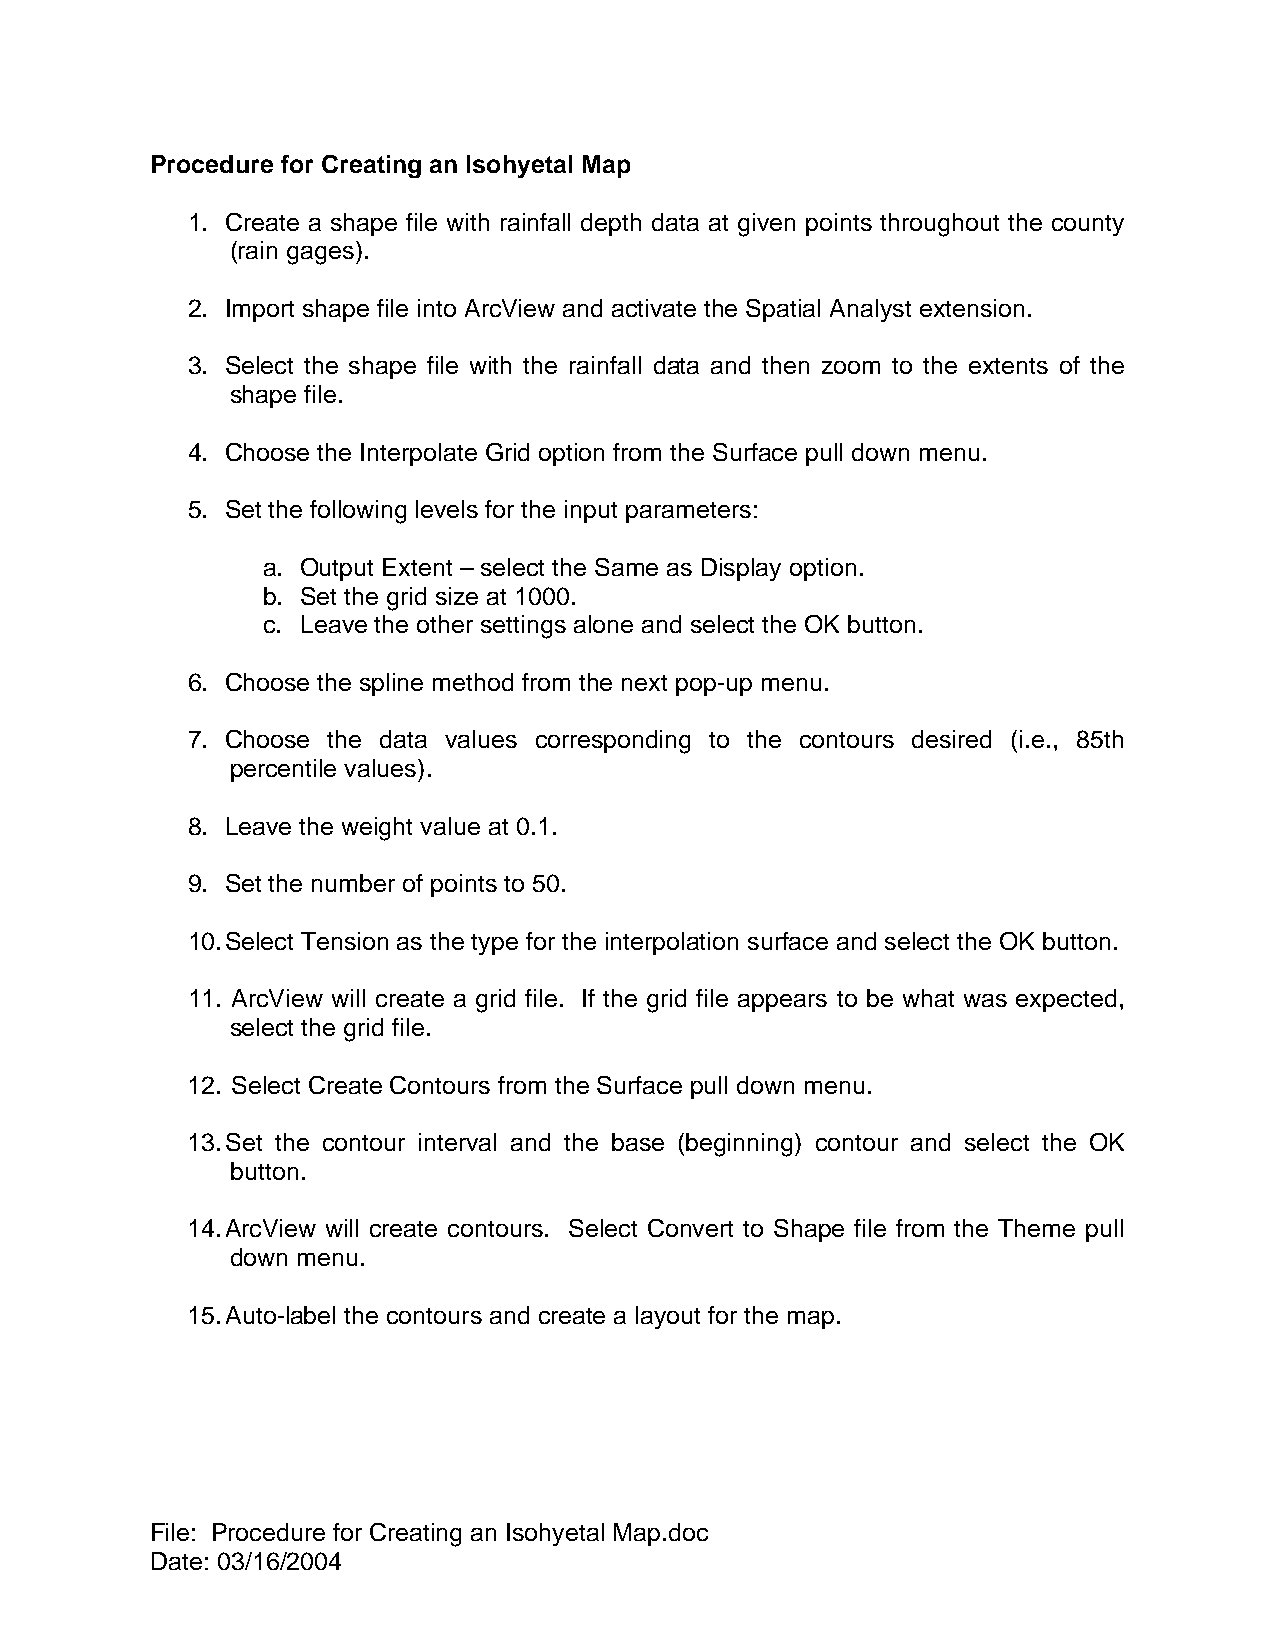
Procedure for Creating an Isohyetal Map
 1. Create a shape file with rainfall depth data at given points throughout the county
 (rain gages).
 2. Import shape file into ArcView and activate the Spatial Analyst extension.
 3. Select the shape file with the rainfall data and then zoom to the extents of the
 shape file.
 4. Choose the Interpolate Grid option from the Surface pull down menu.
 5. Set the following levels for the input parameters:
 a. Output Extent – select the Same as Display option.
 b. Set the grid size at 1000.
 c. Leave the other settings alone and select the OK button.
 6. Choose the spline method from the next pop-up menu.
 7. Choose the data values corresponding to the contours desired (i.e., 85th
 percentile values).
 8. Leave the weight value at 0.1.
 9. Set the number of points to 50.
 10. Select Tension as the type for the interpolation surface and select the OK button.
 11. ArcView will create a grid file. If the grid file appears to be what was expected,
 select the grid file.
 12. Select Create Contours from the Surface pull down menu.
 13. Set the contour interval and the base (beginning) contour and select the OK
 button.
 14. ArcView will create contours. Select Convert to Shape file from the Theme pull
 down menu.
 15. Auto-label the contours and create a layout for the map.
 File: Procedure for Creating an Isohyetal Map.doc
 Date: 03/16/2004